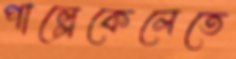
পাল্লেকেলেতে